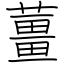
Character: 薑